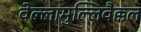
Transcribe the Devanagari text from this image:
वेल्लामुल्लिवैक्कल